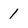
Character: 1